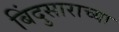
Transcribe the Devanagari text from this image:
बिंदुसाराच्या